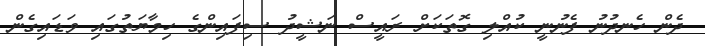
ދެން ހެނދުނު ފެނުނީ ކުއްލި ގޮތަކަށް ރައީސް ނަޝީދު ސިފައިންގެ ހިމާޔަތުގައި ވަޑައިގެން